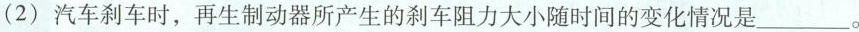
(2)汽车刹车时，再生制动器所产生的刹车阻力大小随时间的变化情况是___。